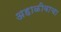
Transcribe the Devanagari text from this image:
अहाळीवाचा